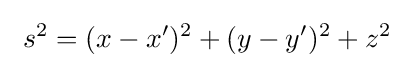
~s^{2}=(x-x')^{2}+(y-y')^{2}+z^{2}